Sketch of the medical history of the native army of Bombay, for the year
Year: 1872
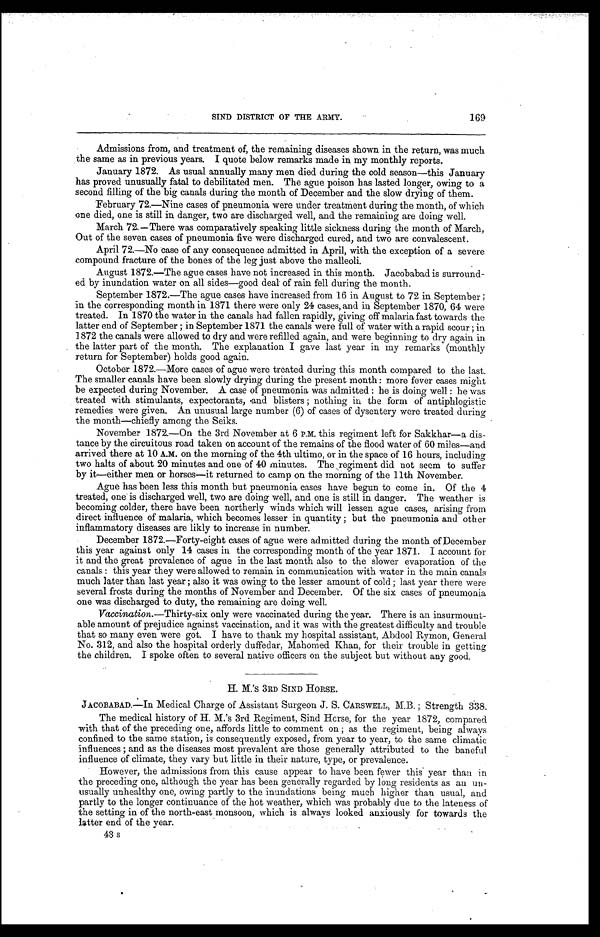
169
SIND DISTRICT OF THE ARMY.
Admissions from, and treatment of, the remaining diseases shown in the return, was much
the same as in previous years. I quote below remarks made in my monthly reports.
January 1872. As usual annually many men died during the cold season—this January
has proved unusually fatal to debilitated men. The ague poison has lasted longer, owing to a
second filling of the big canals during the month of December and the slow drying of them.
February 72.—Nine cases of pneumonia were under treatment during the month, of which
one died, one is still in danger, two are discharged well, and the remaining are doing well.
March 72.— There was comparatively speaking little sickness during the month of March,
Out of the seven cases of pneumonia five were discharged cured, and two are convalescent.
April 72.—No case of any consequence admitted in April, with the exception of a severe
compound fracture of the bones of the leg just above the malleoli.
August 1872.—The ague cases have not increased in this month. Jacobabad is surround-
ed by inundation water on all sides—good deal of rain fell during the month.
September 1872.—The ague cases have increased from 16 in August to 72 in September ;
in the corresponding month in 1871 there were only 24 cases, and in September 1870, 64 were
treated. In 1870 the water in the canals had fallen rapidly, giving off malaria fast towards the
latter end of September ; in September 1871 the canals were full of water with a rapid scour ; in
1872 the canals were allowed to dry and were refilled again, and were beginning to dry again in
the latter part of the month. The explanation I gave last year in my remarks (monthly
return for September) holds good again.
October 1872.—More cases of ague were treated during this month compared to the last.
The smaller canals have been slowly drying during the present month : more fever cases might
be expected during November. A case of pneumonia was admitted : he is doing well : he was
treated with stimulants, expectorants, and blisters ; nothing in the form antiphlogistic
remedies were given. An unusual large number (6) of cases of dysentery were treated during
the month—chiefly among the Seiks.
November 1872.—On the 3rd November at 6 P.M. this regiment left for Sakkhar—a dis-
tance by the circuitous road taken on account of the remains of the flood water of 60 miles—and
arrived there at 10 A.M. on the morning of the 4th ultimo, or in the space of 16 hours, including
two halts of about 20 minutes and one of 40 minutes. The regiment did not seem to suffer
by it—either men or horses—it returned to camp on the morning of the 11th November.
Ague has been less this month but pneumonia cases have begun to come in. Of the 4
treated, one is discharged well, two are doing well, and one is still in danger. The weather is
becoming colder, there have been northerly winds which will lessen ague cases, arising from
direct influence of malaria, which becomes lesser in quantity ; but the pneumonia and other
inflammatory diseases are likly to increase in number.
December 1872.—Forty-eight cases of ague were admitted during the month of December
this year against only 14 cases in the corresponding month of the year 1871. I account for
it and the great prevalence of ague in the last month also to the slower evaporation of the
canals : this year they were allowed to remain in communication with water in the main canals
much later than last year ; also it was owing to the lesser amount of cold ; last year there were
several frosts during the months of November and December. Of the six cases of pneumonia
one was discharged to duty, the remaining are doing well.
Vaccination. —Thirty-six only were vaccinated during the year. There is an insurmount-
able amount of prejudice against vaccination, and it was with the greatest difficulty and trouble
that so many even were got. I have to thank my hospital assistant, Abdool Rymon, General
No. 312, and also the hospital orderly duffedar, Mahomed Khan, for their trouble in getting
the children. I spoke often to several native officers on the subject but without any good.
H. M. 'S 3RD SIND HORSE.
JACOBABAD.—In Medical Charge of Assistant Surgeon J. S. CARSWELL, M.B. ; Strength 338.
The medical history of H. M.'s 3rd Regiment, Sind Horse, for the year 1872, compared
with that of the preceding one, affords little to comment on ; as the regiment, being always
confined to the same station, is consequently exposed, from year to year, to the same climatic
i n f l u e n c e s ; a n d a s t h e d i s e a s e s mo s t p r e v a l e n t a r e t h o s e g e n e r a l l y a t t r i b u t e d t o t h e b a n e f u l
influence of climate, they vary but little in their nature, type, or prevalence.
However, the admissions from this cause appear to have been fewer this year than in
the preceding one, although the year has been generally regarded by long residents as an un-
usually unhealthy one, owing partly to the inundations being much higher than usual, and
partly to the longer continuance of the hot weather, which was probably due to the lateness of
the setting in of the north-east monsoon, which is always looked anxiously for towards the
latter end of the year.
43 s